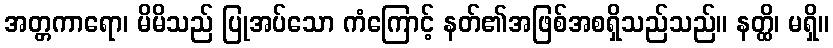
အတ္တကာရော၊ မိမိသည် ပြုအပ်သော ကံကြောင့် နတ်၏အဖြစ်အစရှိသည်သည်။ နတ္ထိ၊ မရှိ။